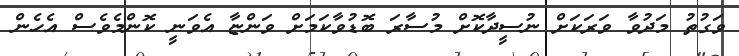
ވަގުތު މަދުވާ ވަރަކަށް ނުސީދާކޮށް މުސާރަ ބޮޑުވާކަމަށް ވަންޏާ އެވަނީ ކޮންމެވެސް އެހެން